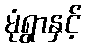
မုံရွာနှင့်